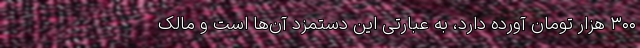
۳۰۰ هزار تومان آورده دارد، به عبارتی این دستمزد آن‌ها است و مالک